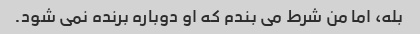
بله، اما من شرط می بندم که او دوباره برنده نمی شود.